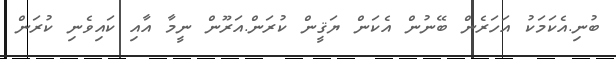
ބުނި.އެކަމަކު އަހަރެން ބޭނުން އެކަން ޔަޤީން ކުރަން.އަރޫން ނީމާ އާއި ކައިވެނި ކުރަން